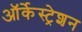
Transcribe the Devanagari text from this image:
ऑर्केस्ट्रेशन